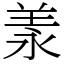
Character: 羕